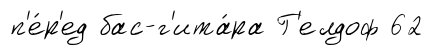
п'е́р'ед бас-г'ита́ра Г'елдоф 62